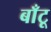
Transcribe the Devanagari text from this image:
बाँटू